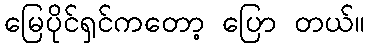
မြေပိုင်ရှင်ကတော့ ပြော တယ်။